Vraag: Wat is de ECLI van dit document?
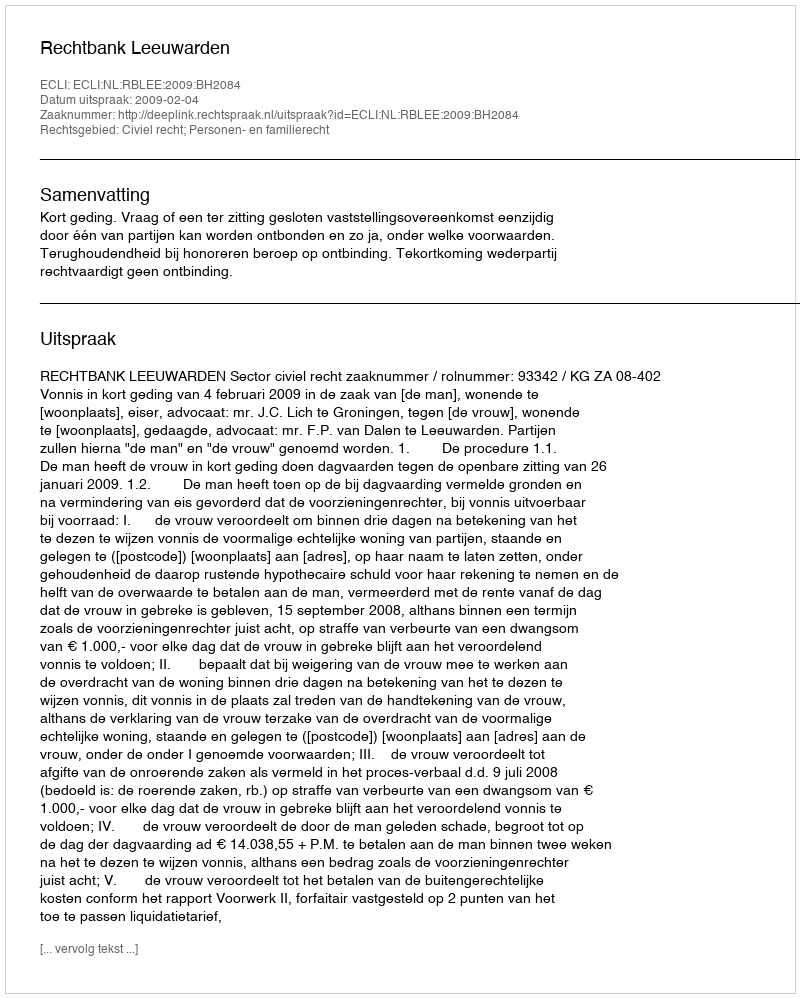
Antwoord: ECLI:NL:RBLEE:2009:BH2084